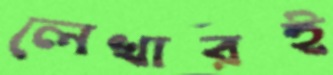
লেখারই